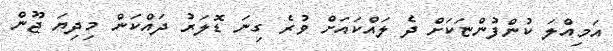
އަމިއްލަ ކުންފުންޏަކަށް ދެ ލައްކައަށް ވުރެ ގިނަ ޑޮލަރު ދައްކަން މިދިޔަ ޖޫން